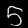
Label: 5